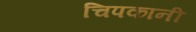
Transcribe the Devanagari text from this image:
चिपकानी